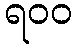
ရ၀၀